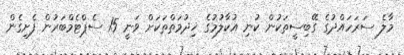
މާލެ ސަރަހައްދުގެ ގޭބިސީތަކުން ކުނި އުކާލުމުގެ ޚިދުމަތްތަކަށް ވަނީ 15 ސެޕްޓެމްބަރުން ފެށިގެން